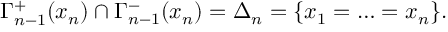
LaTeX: \Gamma _ { n - 1 } ^ { + } ( x _ { n } ) \cap \Gamma _ { n - 1 } ^ { - } ( x _ { n } ) = \Delta _ { n } = \{ x _ { 1 } = \ldots = x _ { n } \} .